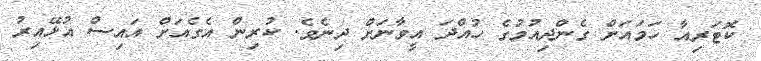
ކޮޓަރިއާ ހަމައަށް ގެންދިއުމުގެ ހުއްދަ އީވާނަށް ދިނެވެ. ކުރިން އެގެއަށް އައިސް އުޅޭއިރު